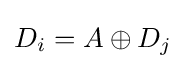
D_{i}=A\oplus D_{j}